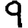
Digit: 9